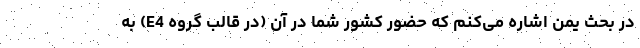
در بحث یمن اشاره می‌کنم که حضور کشور شما در آن (در قالب گروه E4) به